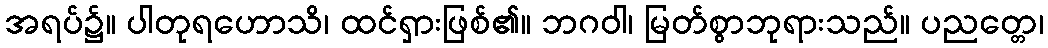
အရပ်၌။ ပါတုရဟောသိ၊ ထင်ရှားဖြစ်၏။ ဘဂဝါ၊ မြတ်စွာဘုရားသည်။ ပညတ္တေ၊